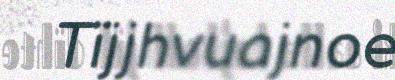
Tïjjhvuajnoe